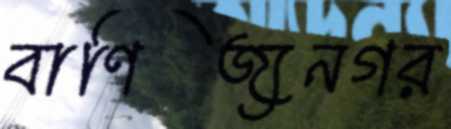
বাণিজ্যনগর